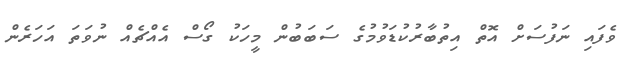
ވެފައި ނަފުސަށް އޮތް އިތުބާރުކުޑަވުމުގެ ސަބަބުން މީހަކު ގޯސް އެއްޗެއް ނުވަތަ އަހަރެން